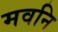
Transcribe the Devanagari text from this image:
मवनि